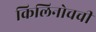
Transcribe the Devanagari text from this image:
किलिनोचची